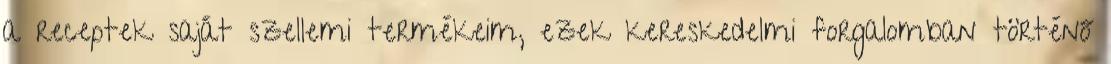
a receptek saját szellemi termékeim, ezek kereskedelmi forgalomban történő